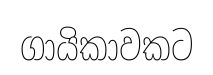
ගායිකාවකට